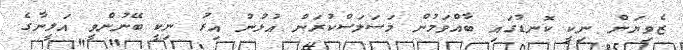
ޒެވިޔަން ނިކީ ކޮނޑުގައި ބާއްވަމުން މަސަލަސްކުރަން އުޅުނު އިރު ނިކީ ބޭނުންވީ އަލީނާގެ